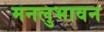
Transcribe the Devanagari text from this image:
मनलुभावन